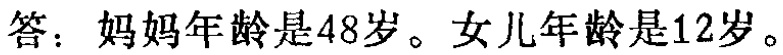
答：妈妈年龄是48岁。女儿年龄是12岁。